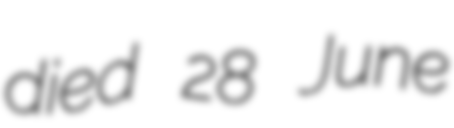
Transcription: died 28 June